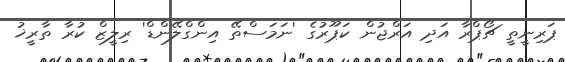
ޕަރިނީތީ ޗޯޕްރާ އަދި އަރްޖުން ކަޕޫރުގެ 'ނަމަސްތޭ އިންގްލޭންޑް' ރިލީޒް ކުރާ ތާރީޚު